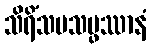
သိရိံသပသမ္ဖဿာနံ